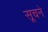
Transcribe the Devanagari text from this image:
सूचने